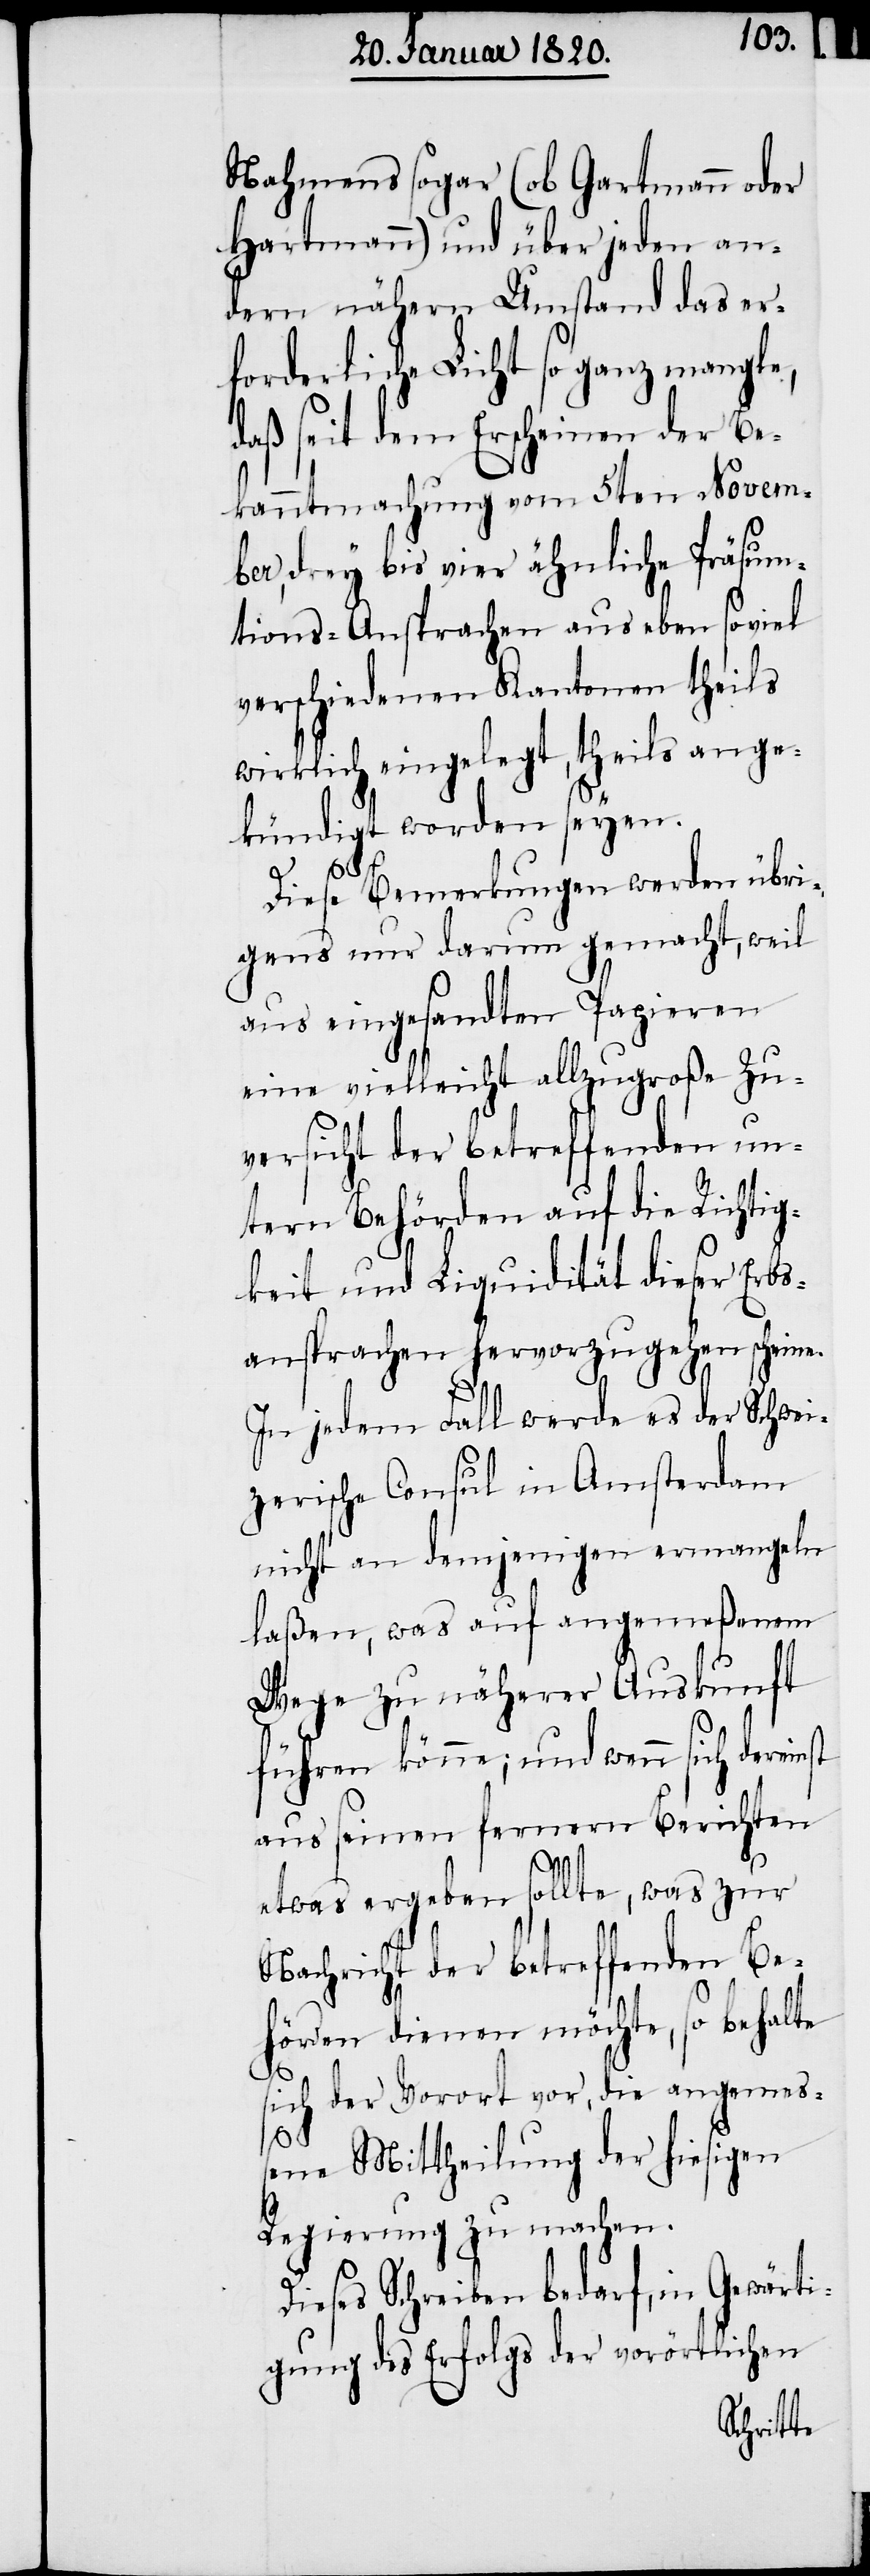
Nahmens sogar (ob Gartmann oder
Hartmann) und über jeden an¬
dern nähern Umstand das er¬
forderliche Licht so ganz mangle,
daß seit dem Erscheinen der Be¬
kanntmachung vom 5ten Novem¬
ber, drey bis vier ähnliche Präsum¬
tions-Ansprachen aus eben so viel
verschiedenen Kantonen theils
wirklich eingelegt, theils ange¬
kündigt worden seyen.
st
Diese Bemerkungen werden übri¬
gens nur darum gemacht, weil
aus eingesandten Papieren
eine vielleicht allzugroße Zu¬
versicht der betreffenden un¬
tern Behörden auf die Richtig¬
keit und Liquidität dieser Erbs¬
ansprachen hervorzugehen scheine.
In jedem Fall werde es der Schwei¬
zerische Consul in Amsterdam
nicht an demjenigen ermangeln
laßen, was auf angemeßenem
Wege zu näherer Auskunft
führen könne; und wenn sich derein¬
aus seinen fernern Berichten
etwas ergeben sollte, was zur
Nachricht der betreffenden Be¬
hörden dienen möchte, so behalte
sich der Vorort vor, die angemeß¬
ene Mittheilung der hiesigen
Regierung zu machen.
Dieses Schreiben bedarf, in Gewärti¬
gung des Erfolgs der vorörtlichen